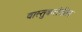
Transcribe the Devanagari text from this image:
वास्तुकलेतील